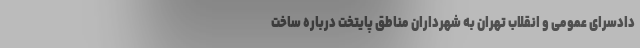
دادسرای عمومی و انقلاب تهران به شهرداران مناطق پایتخت درباره ساخت